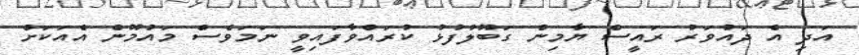
އަދި އެ ދައުވަރު ރައީސް ޔާމިން ގަބޫލުފުޅު ކުރައްވާފައިވީ ނަމަވެސް މައުމޫން އެއަކަށް